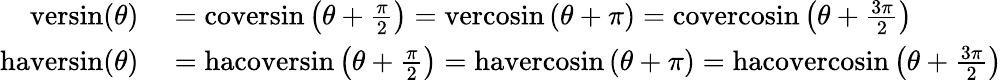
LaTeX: \begin{array}{rl}{\mathrm{versin}(\theta)}&{{}=\mathrm{coversin}\left(\theta+{\frac{\pi}{2}}\right)=\mathrm{vercosin}\left(\theta+\pi\right)=\mathrm{covercosin}\left(\theta+{\frac{3\pi}{2}}\right)}\\ {\mathrm{haversin}(\theta)}&{{}=\mathrm{hacoversin}\left(\theta+{\frac{\pi}{2}}\right)=\mathrm{havercosin}\left(\theta+\pi\right)=\mathrm{hacovercosin}\left(\theta+{\frac{3\pi}{2}}\right)}\end{array}